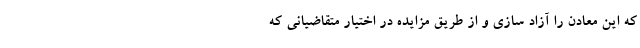
که این معادن را آزاد سازی و از طریق مزایده در اختیار متقاضیانی که